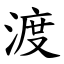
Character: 渡